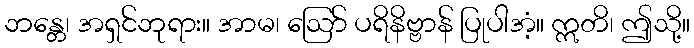
ဘန္တေ၊ အရှင်ဘုရား။ အာမ၊ ဩော် ပရိနိဗ္ဗာန် ပြုပါအံ့။ ဣတိ၊ ဤသို့။